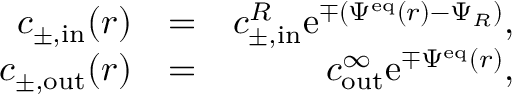
\begin{array} { r l r } { c _ { \pm , \mathrm { i n } } ( r ) } & { = } & { c _ { \pm , \mathrm { i n } } ^ { R } \mathrm { e } ^ { \mp ( \Psi ^ { \mathrm { e q } } ( r ) - \Psi _ { R } ) } , } \\ { c _ { \pm , \mathrm { o u t } } ( r ) } & { = } & { c _ { \mathrm { o u t } } ^ { \infty } \mathrm { e } ^ { \mp \Psi ^ { \mathrm { e q } } ( r ) } , } \end{array}